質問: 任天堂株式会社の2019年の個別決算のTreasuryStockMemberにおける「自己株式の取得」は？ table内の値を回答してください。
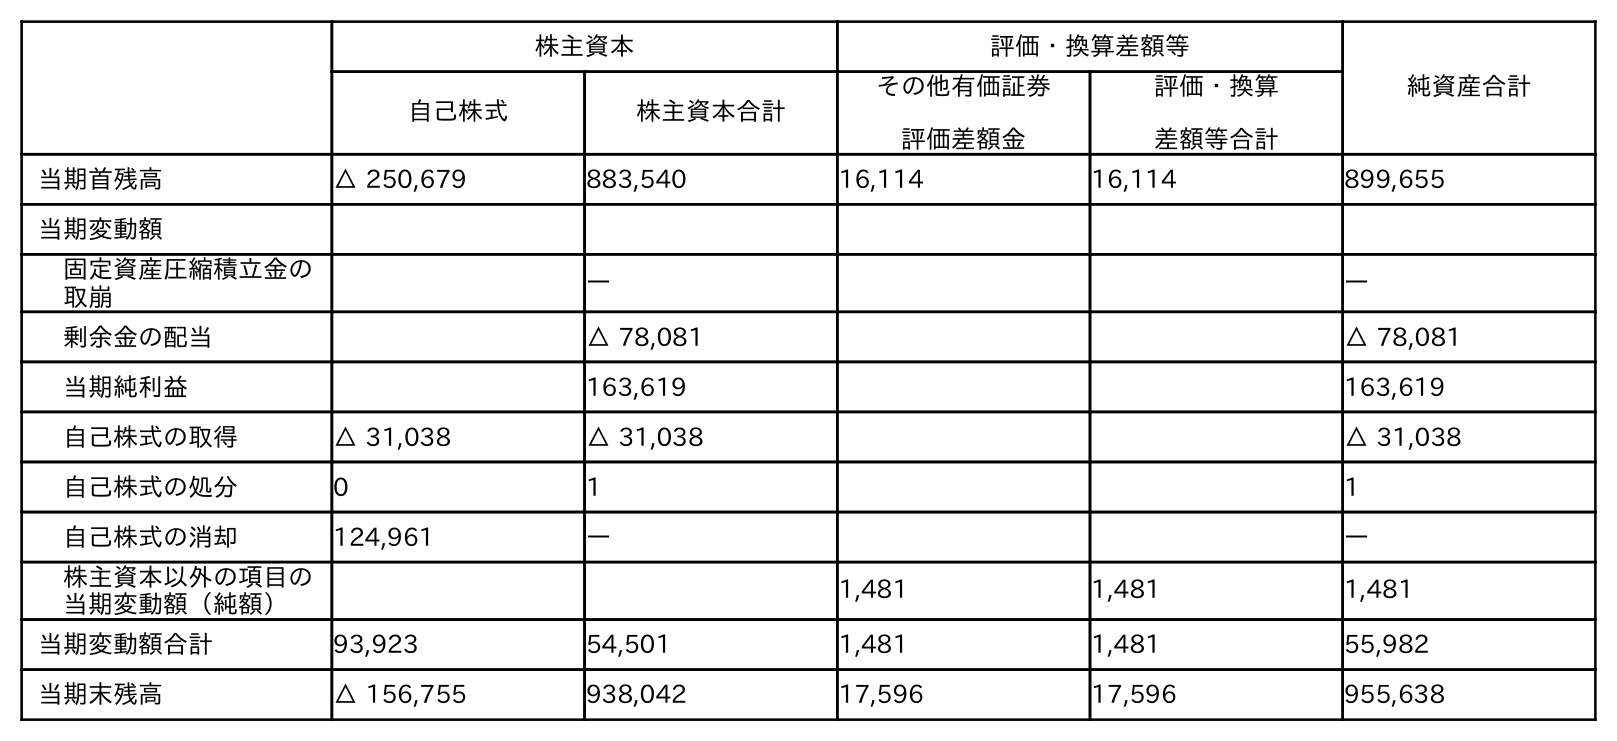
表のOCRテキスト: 株主資本 評価・換算差額等 純資産合計 自己株式 株主資本合計 その他有価証券 評価差額金 評価・換算 差額等合計 当期首残高 △ 250,679 883,540 16,114 16,114 899,655 当期変動額 固定資産圧縮積立金の 取崩 ― ― 剰余金の配当 △ 78,081 △ 78,081 当期純利益 163,619 163,619 自己株式の取得 △ 31,038 △ 31,038 △ 31,038 自己株式の処分 0 1 1 自己株式の消却 124,961 ― ― 株主資本以外の項目の 当期変動額（純額） 1,481 1,481 1,481 当期変動額合計 93,923 54,501 1,481 1,481 55,982 当期末残高 △ 156,755 938,042 17,596 17,596 955,638
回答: △31,038